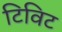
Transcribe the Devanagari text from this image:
टिविट